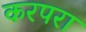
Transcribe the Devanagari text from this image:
करपरा